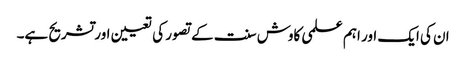
ان کی ایک اور اہم علمی کاوش سنت کے تصور کی تعیین اورتشریح ہے۔